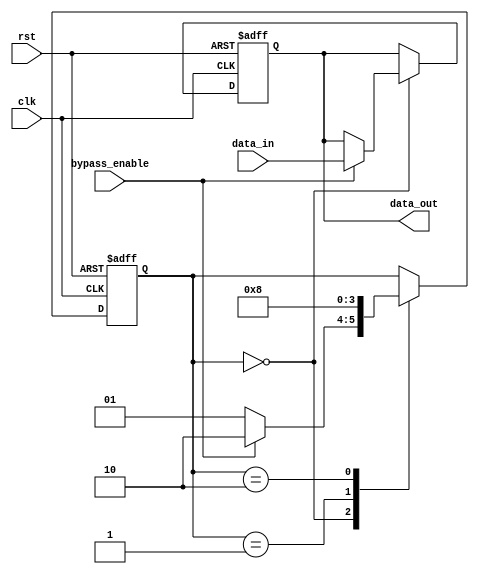
module cascade_bypass_reg (
    input wire clk,             // clock signal
    input wire rst,             // reset signal
    input wire bypass_enable,   // bypass enable signal
    input wire data_in,         // input data
    output reg data_out         // output data
);

reg [1:0] state;                // state variable to manage bypass operation

always @(posedge clk or posedge rst) begin
    if (rst) begin
        state <= 2'b00;        // reset state to initial stage
        data_out <= 0;         // reset output data
    end else begin
        case (state)
            2'b00: begin        // stage 0
                if (bypass_enable) begin
                    state <= 2'b10; // bypass stage 1
                    data_out <= data_in;
                end else begin
                    state <= 2'b01; // move to stage 1
                end
            end
            2'b01: begin        // stage 1
                state <= 2'b10;     // move to stage 2
            end
            2'b10: begin        // stage 2
                state <= 2'b00;     // return to initial stage
            end
        endcase
    end
end

endmodule